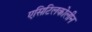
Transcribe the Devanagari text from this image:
एसिटिलकोलीन